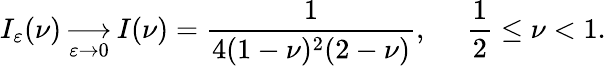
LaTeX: I_{\varepsilon}(\nu)\mathop{\longrightarrow}_{\varepsilon\rightarrow 0}I(\nu)=\frac{1}{4(1-\nu)^{2}(2-\nu)},\, \, \, \, \, \, \, \, \frac{1}{2}\leq\nu<1.